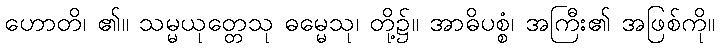
ဟောတိ၊ ၏။ သမ္မယုတ္တေသု ဓမ္မေသု၊ တို့၌။ အာဓိပစ္စံ၊ အကြီး၏ အဖြစ်ကို။